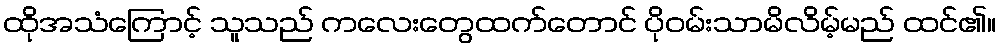
ထိုအသံကြောင့် သူသည် ကလေးတွေထက်တောင် ပိုဝမ်းသာမိလိမ့်မည် ထင်၏။